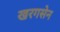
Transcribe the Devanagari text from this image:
खरगसेन